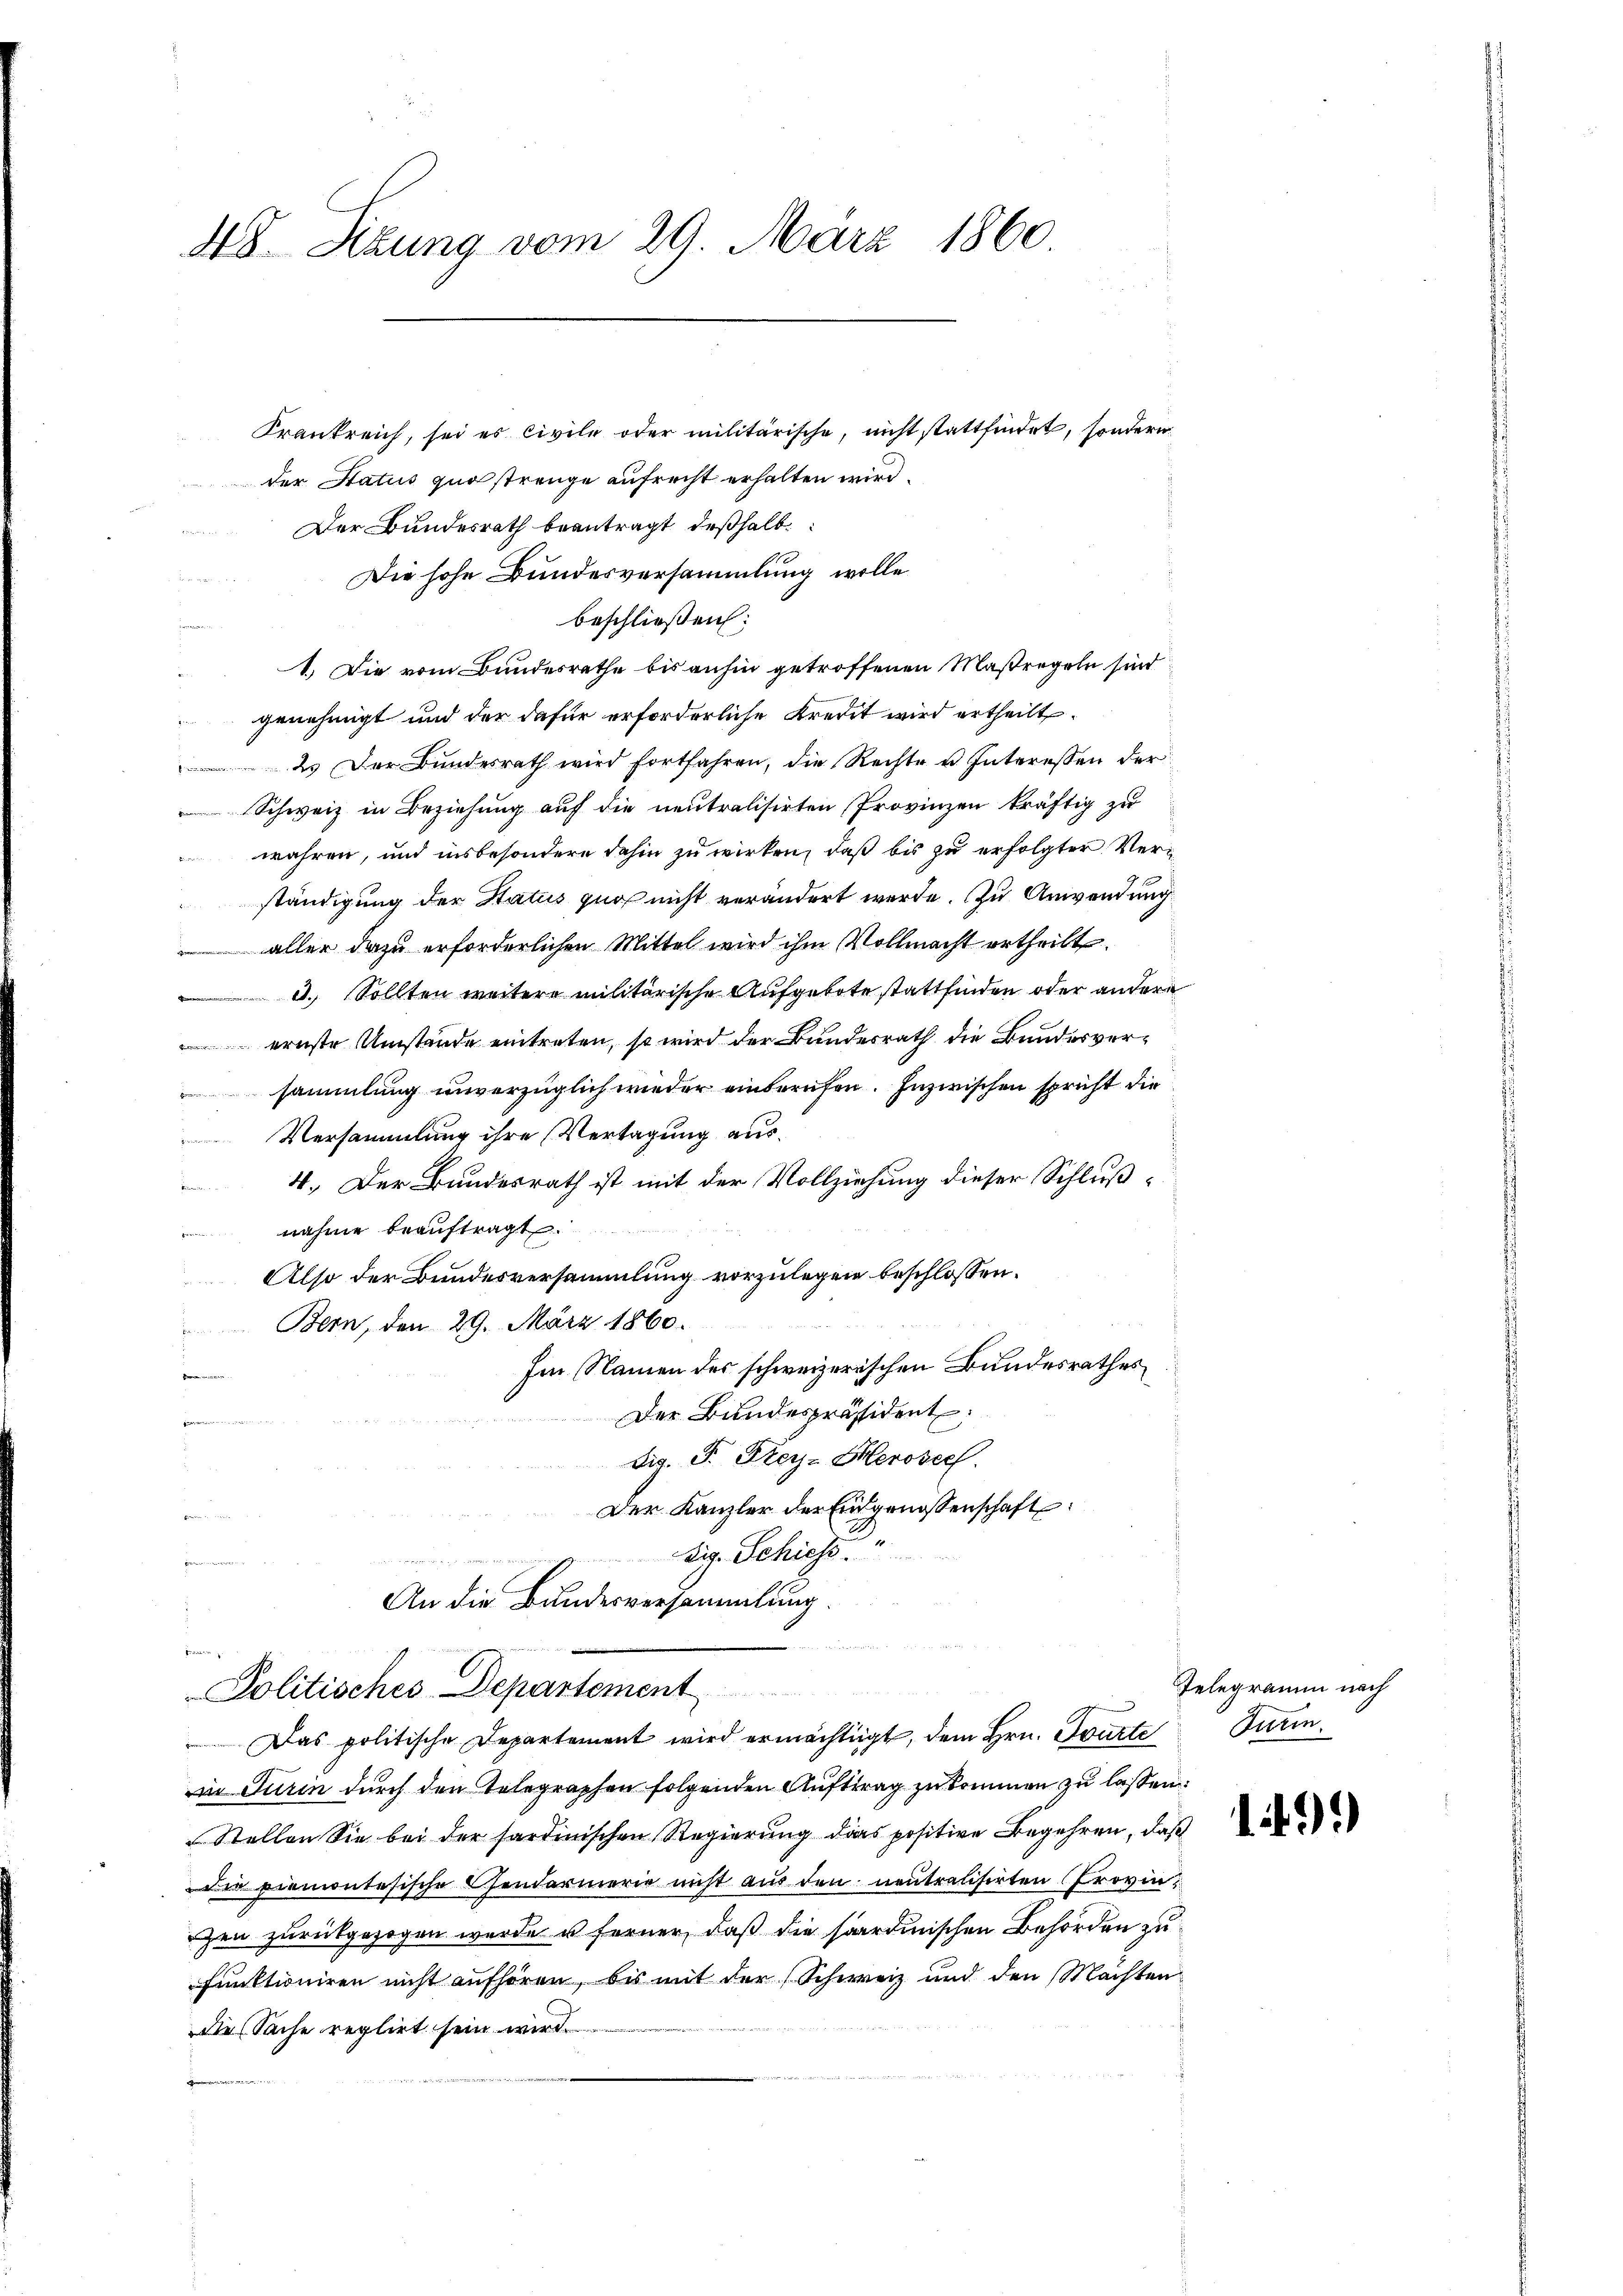
48. Sitzung vom 29. März 1860

Krankreich, sei es civile oder militärische, nicht stattfindet, sondern
der Status quo strenge aufrecht erhalten wird.
Der Bundesrath beantragt, deßhalb
Die hohe Bundesversammlung wolle
beschließen:
1.) Die vom Bundesrathe bis anhin getroffenen Maßregeln sind
genehmigt und der dafür erforderliche Kredit wird ertheilt.
2. Der Bundesrath wird fortfahren, die Rechte u. Interessen der
Schweiz in Beziehung auf die neutralisirten Provinzen kräftig zu
wahren, und insbesondere dahin zu wirken, daß bis zu erfolgter Verständigung der Status zuo nicht verändert werde. Zu Anwendung
aller dazu erforderlichen Mittel wird ihm Vollmacht ertheilt.
d. Sollten weitere militärische Aufgebote stattfinden oder andere
ernste Umstände eintreten, so wird der Bundesrath die Bundesversammlung unverzüglich wieder einberufen. Inzwischen spricht die
Versammlung ihre Vertagung aus¬
4. Der Bundesrath ist mit der Vollziehung dieser Schlußnahme beaŭftragt.
Also der Bundesversammlung vorzulegen beschlossen:
Bern, den 29. März 1860.
Im Namen des schweizerischen Bundesrathes
r
Der Bundespräsident:

dig. F. Frey-Herosech
Der Kanzler der Eidgenossenschaft
tig. Schiese
B
An die Bundesversammlung.
2
5.
Politisches Departement
Das politische Departement wird ermächtigt, dem Hrn. Tourte Turinin Turin durch den Telegraphen folgenden Auftrag zukommen zu lassen:
Stellen Sie bei der sardinischen Regierung das positive Begehren, daß
Die Piemontesische Gendarmerie nicht aus den neutralisirten Provin-
en zurückgezogen wurde u ferner, daß die stardinischen Behörden zufunktioniren nicht aufhören, bis mit der (Schweiz und den Machten
die Sache reglirt sein wird.

Telegramm nach

14)